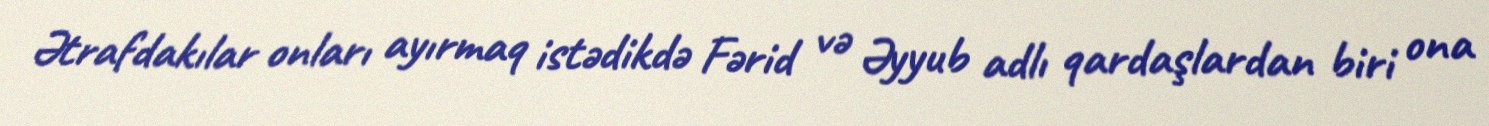
Ətrafdakılar onları ayırmaq istədikdə Fərid və Əyyub adlı qardaşlardan biri ona